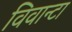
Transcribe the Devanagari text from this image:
विवान्टा